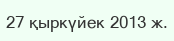
27 қыркүйек 2013 ж.